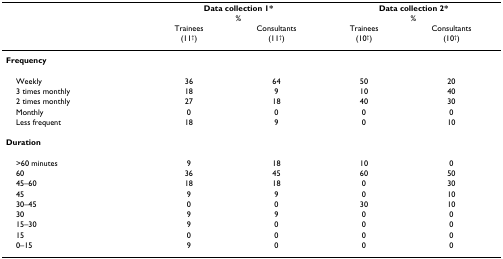
<table><thead><tr><td></td><td colspan="2"><b>Data collection 1*%</b></td><td colspan="2"><b>Data collection 2*%</b></td></tr><tr><td></td><td><b>Trainees</b></td><td><b>Consultants</b></td><td><b>Trainees</b></td><td><b>Consultants</b></td></tr><tr><td></td><td><b>(11<sup>†</sup>)</b></td><td><b>(11<sup>†</sup>)</b></td><td><b>(10<sup>†</sup>)</b></td><td><b>(10<sup>†</sup>)</b></td></tr></thead><tbody><tr><td><b>Frequency</b></td><td></td><td></td><td></td><td></td></tr><tr><td> Weekly</td><td>36</td><td>64</td><td>50</td><td>20</td></tr><tr><td> 3 times monthly</td><td>18</td><td>9</td><td>10</td><td>40</td></tr><tr><td> 2 times monthly</td><td>27</td><td>18</td><td>40</td><td>30</td></tr><tr><td> Monthly</td><td>0</td><td>0</td><td>0</td><td>0</td></tr><tr><td> Less frequent</td><td>18</td><td>9</td><td>0</td><td>10</td></tr><tr><td><b>Duration</b></td><td></td><td></td><td></td><td></td></tr><tr><td> &gt;60 minutes</td><td>9</td><td>18</td><td>10</td><td>0</td></tr><tr><td> 60</td><td>36</td><td>45</td><td>60</td><td>50</td></tr><tr><td> 45–60</td><td>18</td><td>18</td><td>0</td><td>30</td></tr><tr><td> 45</td><td>9</td><td>9</td><td>0</td><td>10</td></tr><tr><td> 30–45</td><td>0</td><td>0</td><td>30</td><td>10</td></tr><tr><td> 30</td><td>9</td><td>9</td><td>0</td><td>0</td></tr><tr><td> 15–30</td><td>9</td><td>0</td><td>0</td><td>0</td></tr><tr><td> 15</td><td>0</td><td>0</td><td>0</td><td>0</td></tr><tr><td> 0–15</td><td>9</td><td>0</td><td>0</td><td>0</td></tr></tbody></table>